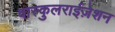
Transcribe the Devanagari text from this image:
वास्कुलराईज़ेशन